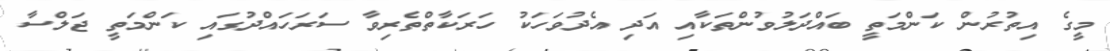
މީގެ އިތުރުން ކަންމަތީ ބައްދަލުވުންތަކާއި އަދި އެދުވަހަކު ހަރަކާތްތެރިވާ ސަރަހައްދުގައި ކަންމަތީ ޖަލްސާ